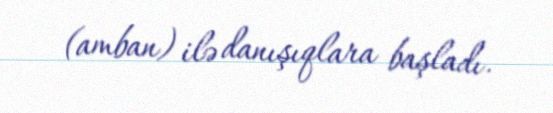
(amban) ilə danışıqlara başladı.